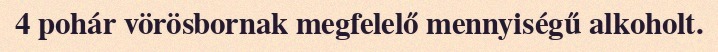
4 pohár vörösbornak megfelelő mennyiségű alkoholt.